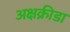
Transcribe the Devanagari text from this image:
अक्षक्रीडा